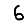
Digit: 6